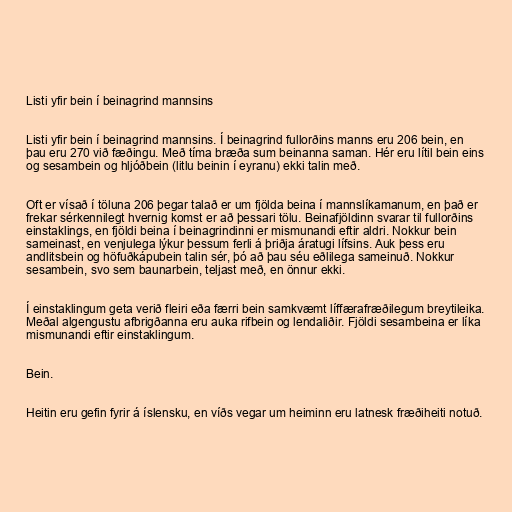
Listi yfir bein í beinagrind mannsins

Listi yfir bein í beinagrind mannsins. Í beinagrind fullorðins manns eru 206 bein, en
þau eru 270 við fæðingu. Með tíma bræða sum beinanna saman. Hér eru lítil bein eins
og sesambein og hljóðbein (litlu beinin í eyranu) ekki talin með.

Oft er vísað í töluna 206 þegar talað er um fjölda beina í mannslíkamanum, en það er
frekar sérkennilegt hvernig komst er að þessari tölu. Beinafjöldinn svarar til fullorðins
einstaklings, en fjöldi beina í beinagrindinni er mismunandi eftir aldri. Nokkur bein
sameinast, en venjulega lýkur þessum ferli á þriðja áratugi lífsins. Auk þess eru
andlitsbein og höfuðkápubein talin sér, þó að þau séu eðlilega sameinuð. Nokkur
sesambein, svo sem baunarbein, teljast með, en önnur ekki.

Í einstaklingum geta verið fleiri eða færri bein samkvæmt líffærafræðilegum breytileika.
Meðal algengustu afbrigðanna eru auka rifbein og lendaliðir. Fjöldi sesambeina er líka
mismunandi eftir einstaklingum.

Bein.

Heitin eru gefin fyrir á íslensku, en víðs vegar um heiminn eru latnesk fræðiheiti notuð.